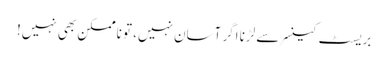
بریسٹ کینسر سے لڑنا اگر آسان نہیں، تو ناممکن بھی نہیں!